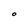
Character: O